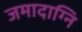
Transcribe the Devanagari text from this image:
जमादाग्नि